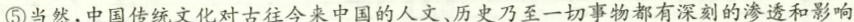
⑤当然，中国传统文化对古往今来中国的人文、历史乃至一切事物都有深刻的渗透和影响